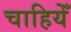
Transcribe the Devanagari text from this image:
चाहियेँ